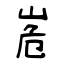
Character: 峞